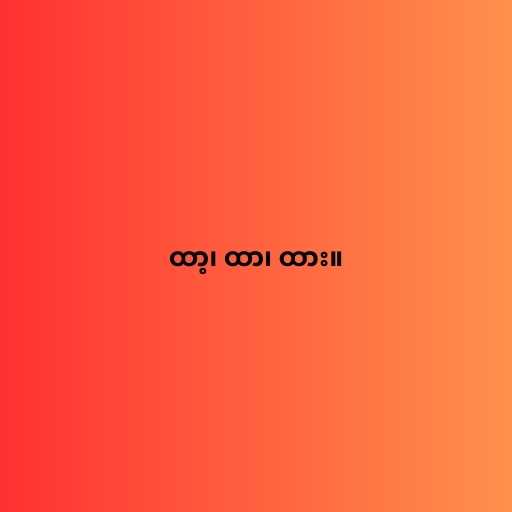
ထာ့၊ ထာ၊ ထား။